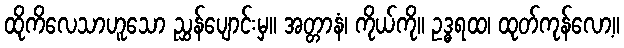
ထိုကိလေသာဟူသော ညွှန်ပျောင်းမှ။ အတ္တာနံ၊ ကိုယ်ကို။ ဥဒ္ဓရထ၊ ထုတ်ကုန်လော့။